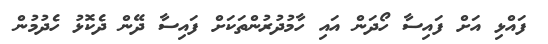
ފައްޅި އަށް ފައިސާ ހޯދަން އައި ހާމުދުރުންތަކަށް ފައިސާ ދޭން ދެކޮޅު ހެދުމުން